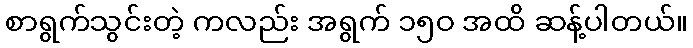
စာရွက်သွင်းတဲ့ ကလည်း အရွက် ၁၅ဝ အထိ ဆန့်ပါတယ်။